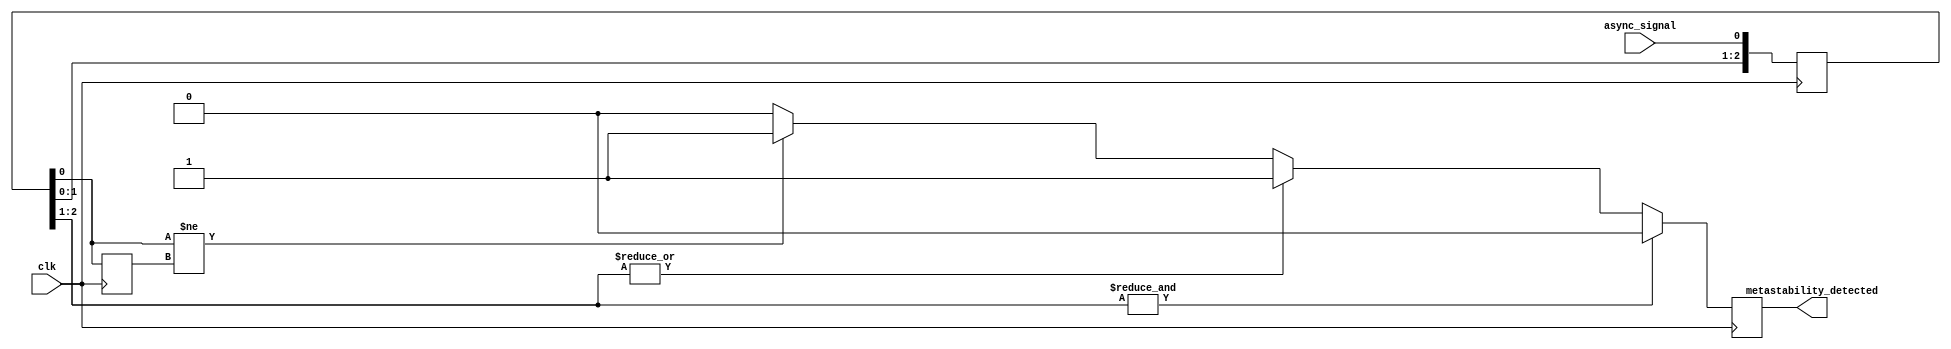
module MetastabilityDetector #(
    parameter NUM_SAMPLES = 3,            // Number of sampling stages (D flip-flops)
    parameter THRESHOLD_TIME = 2           // Threshold for determining metastability
)(
    input wire clk,                        // Clock input for the sampling
    input wire async_signal,               // Asynchronous input signal to sample
    output reg metastability_detected       // Output signal indicating metastability detection
);

    // Declare registers for sampled values
    reg [NUM_SAMPLES-1:0] samples;         // Array to hold sampled states
    reg [NUM_SAMPLES-1:0] previous_samples; // To check for stability

    // Sampling mechanism
    always @(posedge clk) begin
        // Shift samples, sampling the asynchronous signal
        samples <= {samples[NUM_SAMPLES-2:0], async_signal};

        // Check for rapid transitions to determine metastability
        if (NUM_SAMPLES > 1) begin
            // Generate previous samples for stability checking
            previous_samples <= samples;
        end
        
        // Check for metastability by comparing current and previous samples
        if (samples[0] != previous_samples[0]) begin
            metastability_detected <= 1'b1; // Set metastability detected flag
        end else begin
            metastability_detected <= 1'b0;  // Clear metametastability detected flag
        end
        
        // Consider a debounce mechanism based on sampling history, if necessary
        if (|samples[NUM_SAMPLES-1:1] != 0) begin
            metastability_detected <= 1'b1; // Detect stable high transition
        end
        if (&samples[NUM_SAMPLES-1:1] == 1) begin
            metastability_detected <= 1'b0; // Detect stable low transition
        end
    end

endmodule